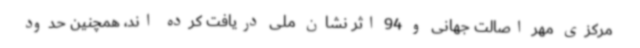
مرکزی مهر اصالت جهانی و 94 اثر نشان ملی دریافت کرده اند، همچنین حدود